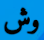
وش